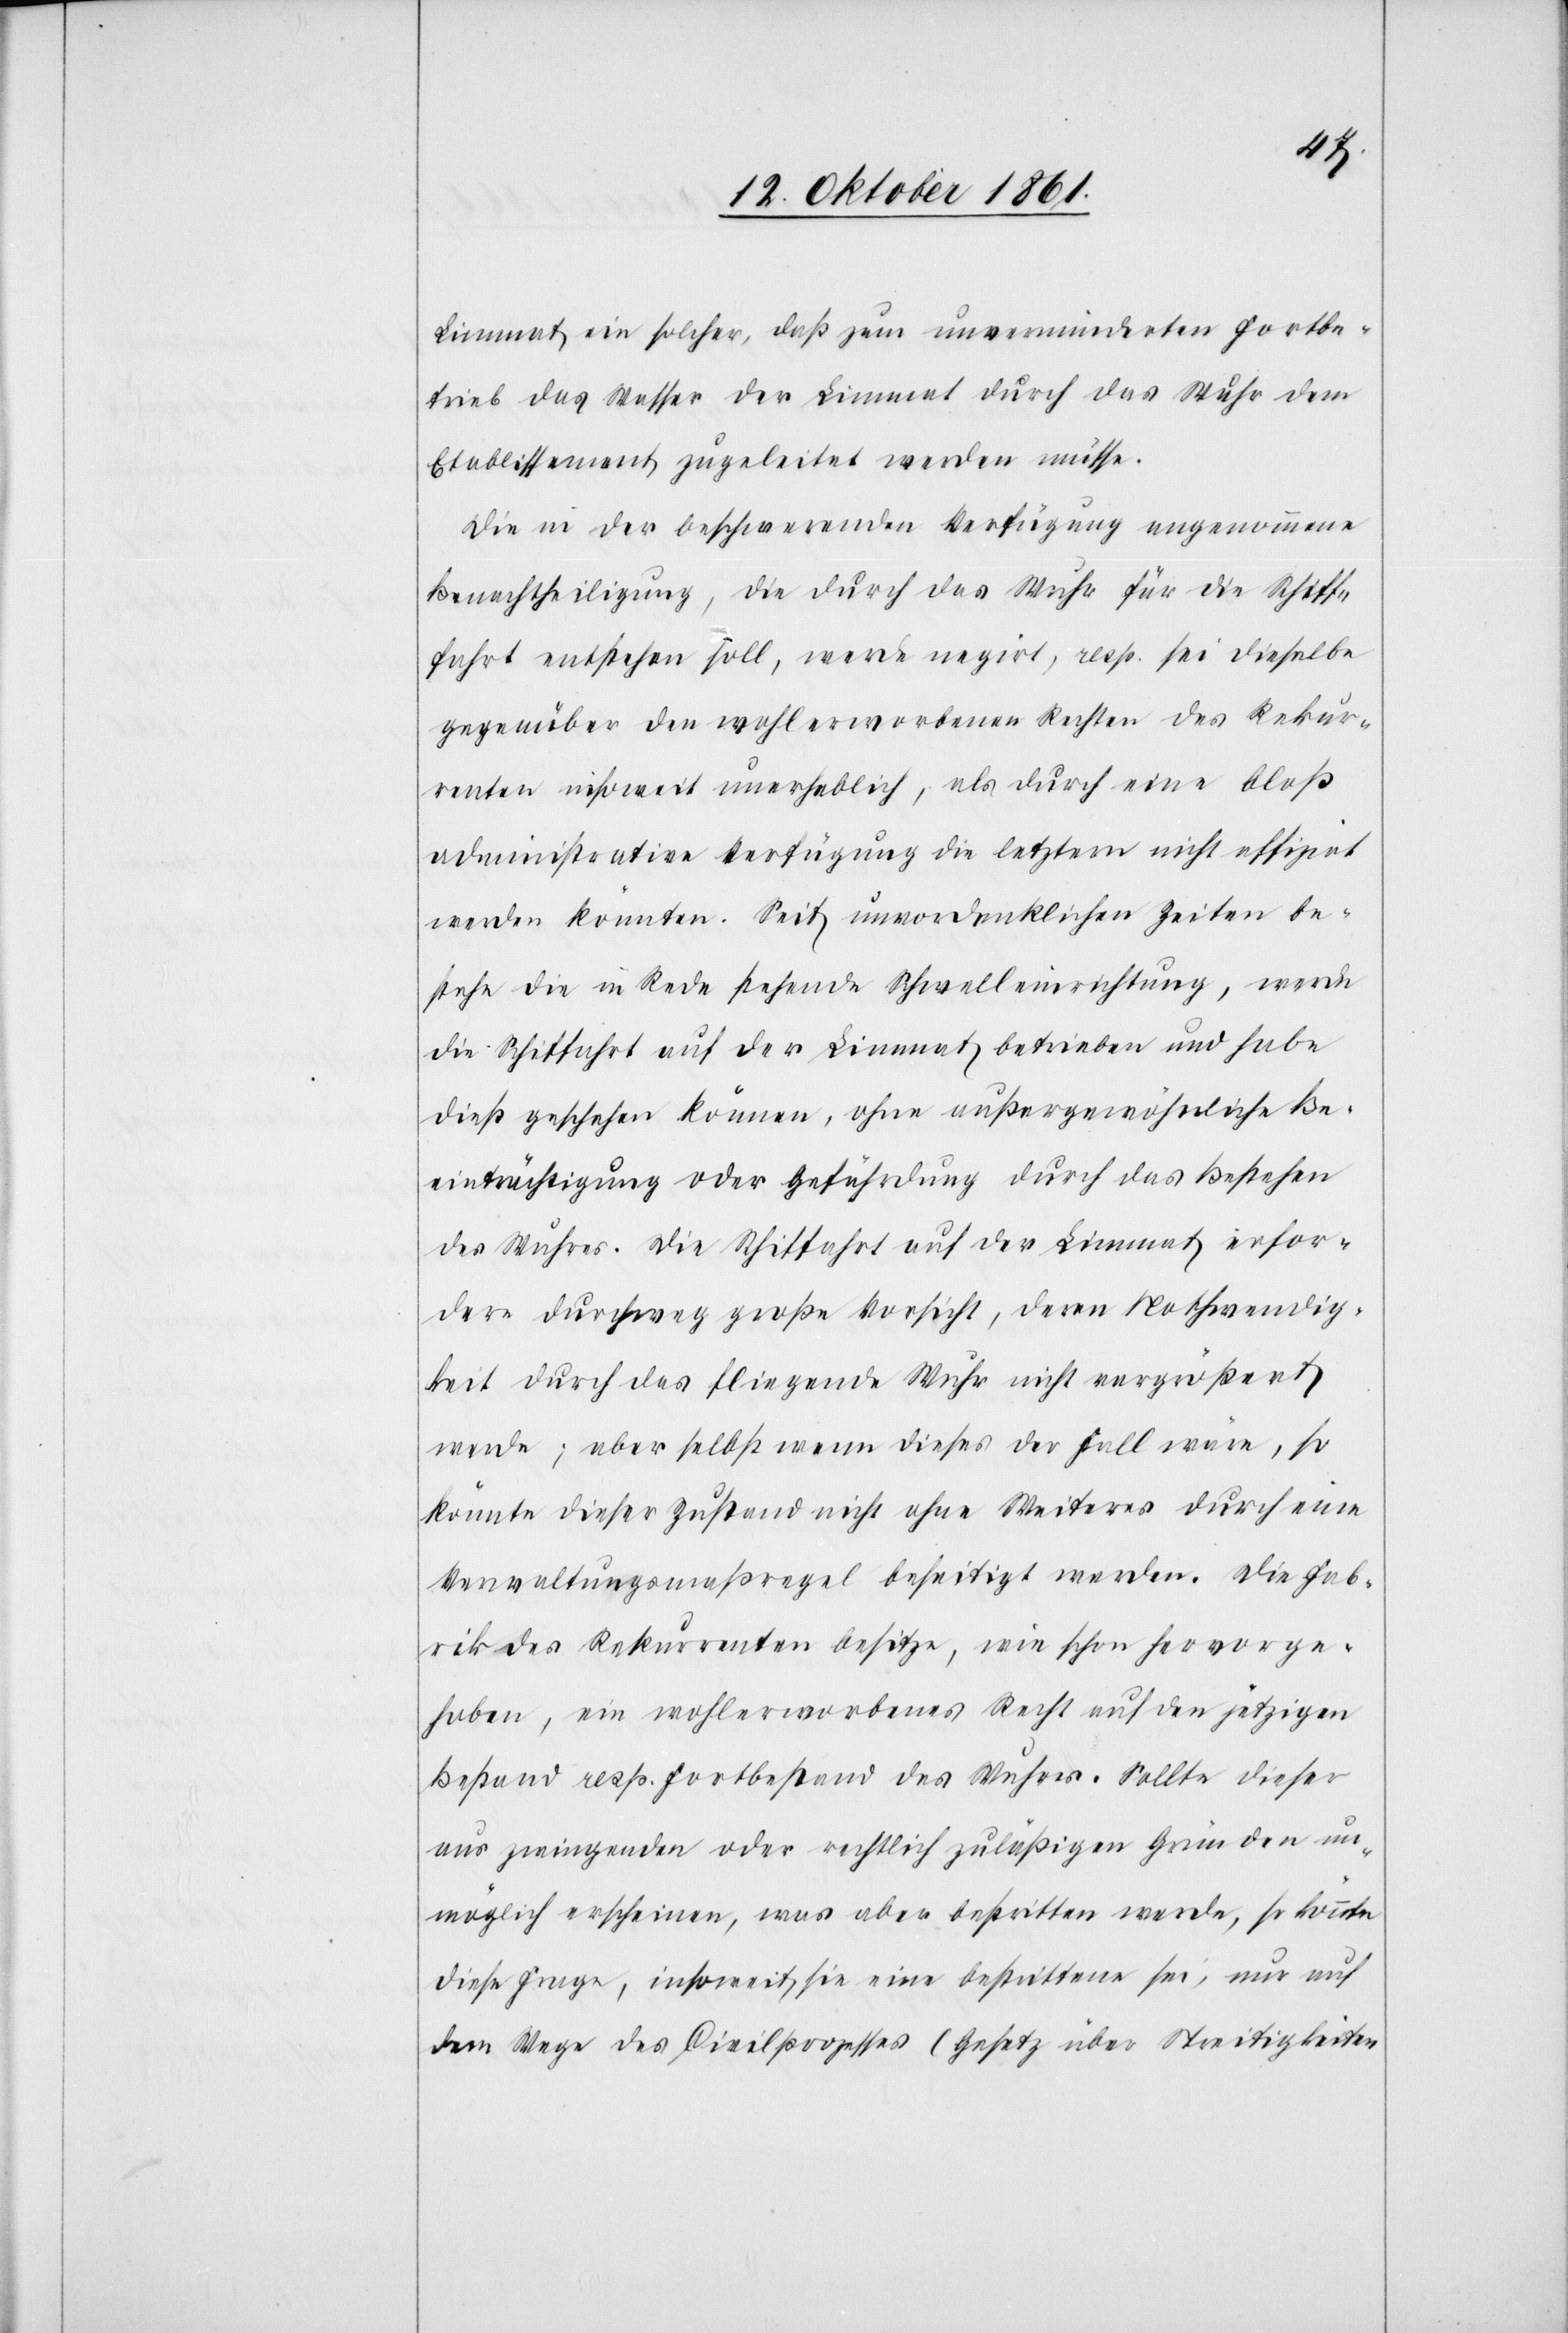
Limmat ein solcher, daß zum unverminderten Fortbe¬
trieb das Wasser der Limmat durch das Wuhr dem
Etablissement zugeleitet werden müsse.
Die in der beschwerenden Verfügung angenommene
Benachtheiligung, die durch das Wuhr für die Schiff¬
fahrt entstehen soll, werde negiert, resp. sei dieselbe
gegenüber den wohlerworbenen Rechten des Rekur¬
renten insoweit unerheblich, als durch eine bloß
administrative Verfügung die letztern nicht effizirt
werden könnten. Seit unvordenklichen Zeiten be¬
stehe die in Rede stehende Schwelleinrichtung, werde
die Schiffahrt auf der Limmat betrieben und habe
dieß geschehen können, ohne außergewöhnliche Be¬
einträchtigung oder Gefährdung durch das Bestehen
des Wuhres. Die Schiffahrt auf der Limmat erfor¬
dere durchweg große Vorsicht, deren Nothwendig¬
keit durch das fliegende Wuhr nicht vergrößert
werde; aber selbst wenn dieses der Fall wäre, so
könnte dieser Zustand nicht ohne Weiters durch eine
Verwaltungsmaßregel beseitigt werden. Die Fab¬
rik des Rekurrenten besitze, wie schon hervorge¬
hoben, ein wohlerworbenes Recht auf den jetzigen
Bestand resp. Fortbestand des Wuhres. Sollte dieser
aus zwingenden oder rechtlich zuläßigen Gründen un¬
möglich erschienen, was aber bestritten werde, so könnte
diese Frage, insoweit sie eine bestrittene sei, nur auf
dem Wege des Civilprozesses (Gesetz über Streitigkeiten